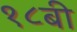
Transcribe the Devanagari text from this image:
१८बी